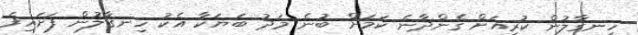
ހިނގާލުން ކުރިއަށް ގެންދާނެ ކަމަށް ބުނެ މަދު ބަޔަކާ އެކު ހިނގާލުން ފަށައިފަ